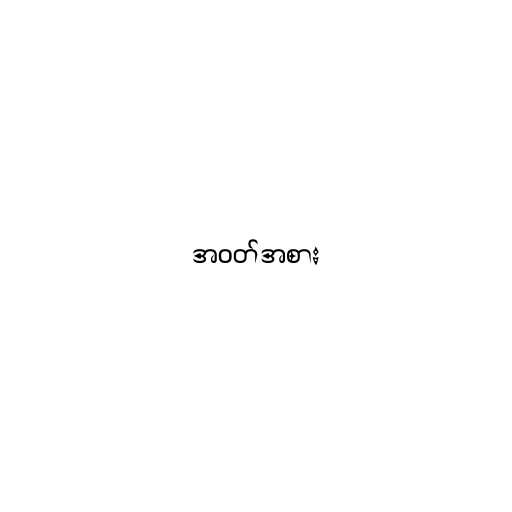
အဝတ်အစား